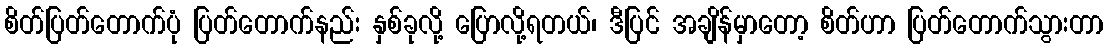
စိတ်ပြတ်တောက်ပုံ ပြတ်တောက်နည်း နှစ်ခုလို့ ပြောလို့ရတယ်၊ ဒီပြင် အချိန်မှာတော့ စိတ်ဟာ ပြတ်တောက်သွားတာ